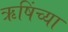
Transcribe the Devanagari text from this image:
ऋषिंच्या